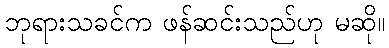
ဘုရားသခင်က ဖန်ဆင်းသည်ဟု မဆို။